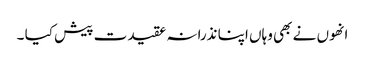
انھوں نے بھی وہاں اپنا نذرانہ عقیدت پیش کیا ۔